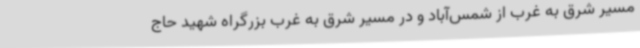
مسیر شرق به غرب از شمس‌آباد و در مسیر شرق به غرب بزرگراه شهید حاج